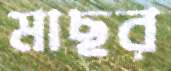
মাছর